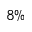
8 \%